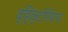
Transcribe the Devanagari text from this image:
व्हिक्टोरियाचा